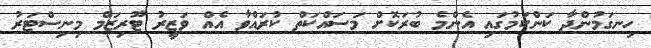
ހިނގަމުންދާ ކަންކަމުގައި އެންމެ ބުރަކޮށް މަސައްކަތް ކުރައްވާ އެއް ވަޒީރު ޓޫރިޒަމް މިނިސްޓަރު